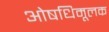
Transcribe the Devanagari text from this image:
ओषधिमूलक